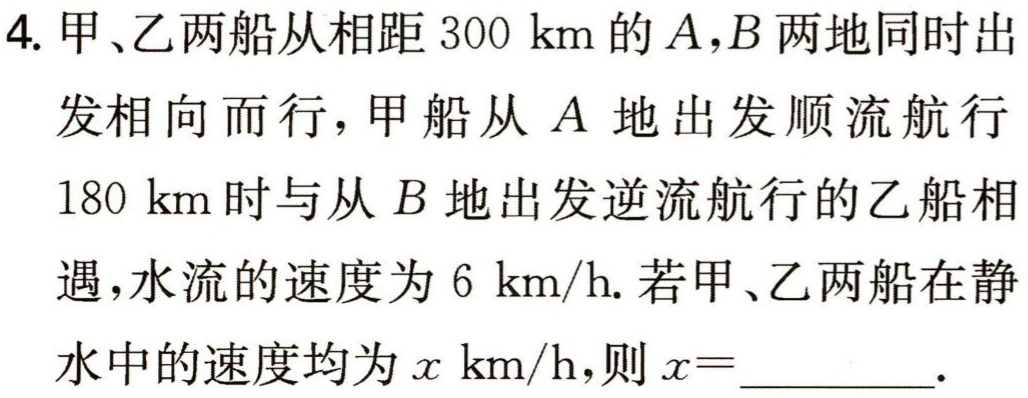
4. 甲、乙两船从相距 \(300\ km\) 的 \(A,B\) 两地同时出发相向而行，甲船从 \(A\) 地出发顺流航行 \(180\ km\) 时与从 \(B\) 地出发逆流航行的乙船相遇，水流的速度为 \(6\ km/h\). 若甲、乙两船在静水中的速度均为 \(x\ km/h\)，则 \(x = \_\_\_\_\_\).